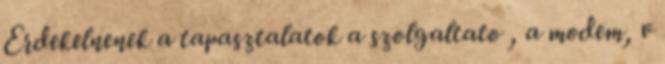
Erdekelnenek a tapasztalatok a szolgaltato , a modem, v